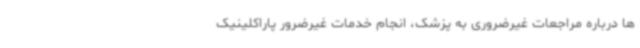
ها درباره مراجعات غیرضروری به پزشک، انجام خدمات غیرضرور پاراکلینیک